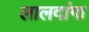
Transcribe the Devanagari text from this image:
लालदांगा